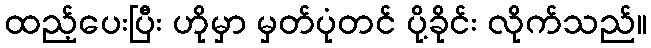
ထည့်ပေးပြီး ဟိုမှာ မှတ်ပုံတင် ပို့ခိုင်း လိုက်သည်။